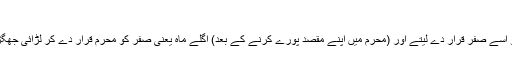
اگر بالفرض
محرم کا مہینہ ہے تو اسے صفر قرار دے لیتے اور (محرم میں اپنے مقصد پورے کرنے کے بعد) اگلے ماہ یعنی صفر کو محرم قرار دے کر لڑائی جھگڑے موقوف کردیتے۔